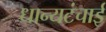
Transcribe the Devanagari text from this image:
धान्यटंचाई